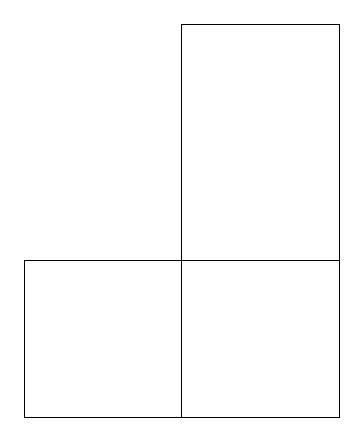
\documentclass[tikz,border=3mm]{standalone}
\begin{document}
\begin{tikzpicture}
\draw (4,14) rectangle (0,16);
\draw (2,19) rectangle (4,14);
\draw (4,16) rectangle (0,14);
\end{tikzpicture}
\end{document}